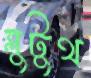
ব্লুটুথ